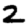
Digit: 2